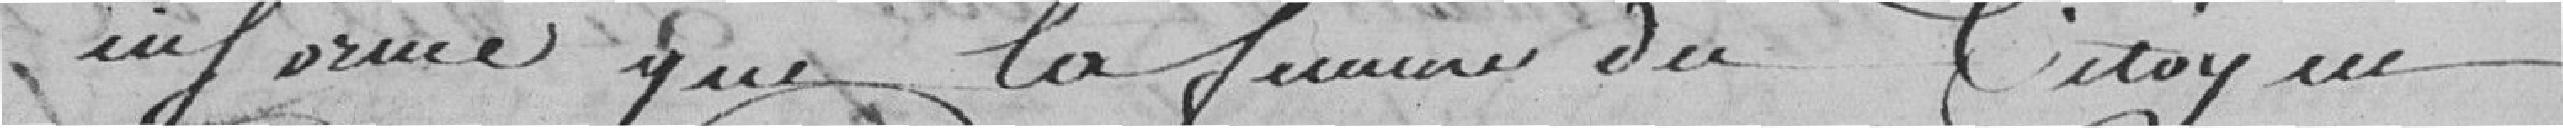
informé que la femme du citoyen